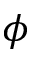
\phi